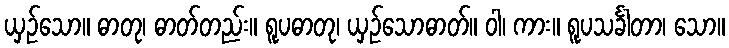
ယှဉ်သော။ ဓာတု၊ ဓာတ်တည်း။ ရူပဓာတု၊ ယှဉ်သောဓာတ်။ ဝါ၊ ကား။ ရူပသင်္ခါတာ၊ သော။